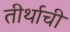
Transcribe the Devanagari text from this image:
तीर्थाची